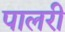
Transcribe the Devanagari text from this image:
पालरी